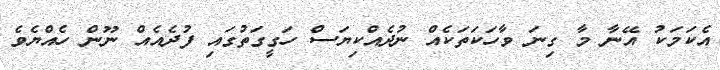
އެކަމަކު އޭނާ މާ ގިނަ ވާހަކަތަކެއް ނުދެއްކިޔަސް ހަގީގަތުގައި ފުދެއެއް ނޫން ހެއްޔެވެ